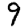
Digit: 9